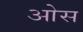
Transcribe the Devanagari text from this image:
आेस